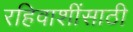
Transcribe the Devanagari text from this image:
रहिवाशींसाठी